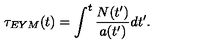
\tau _ { E Y M } ( t ) = \int ^ { t } \frac { N ( t ^ { \prime } ) } { a ( t ^ { \prime } ) } d t ^ { \prime } .